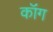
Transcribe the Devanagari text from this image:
कॉंग